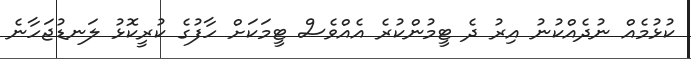
ކުޅުމެއް ނުދެއްކުނު އިރު ދެ ޓީމުންކުރެ އެއްވެސް ޓީމަކަށް ހާފުގެ ކުރީކޮޅު ލަނޑުޖަހާނެ